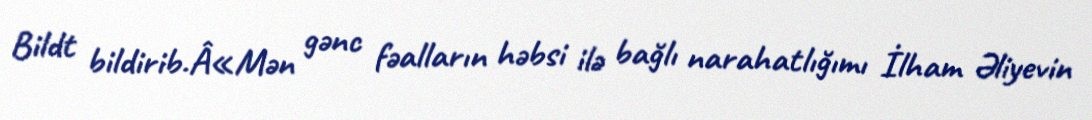
Bildt bildirib.Â«Mən gənc fəalların həbsi ilə bağlı narahatlığımı İlham Əliyevin